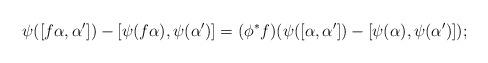
LaTeX: \begin{gather*} \psi([f\alpha,\alpha'])-[\psi(f\alpha),\psi(\alpha')] = (\phi^*f)(\psi([\alpha,\alpha'])-[\psi(\alpha),\psi(\alpha')]); \end{gather*}